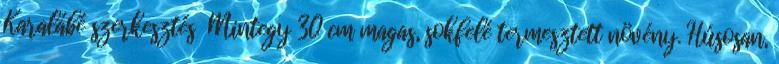
Karalábé szerkesztés Mintegy 30 cm magas, sokfelé termesztett növény. Húsosan,